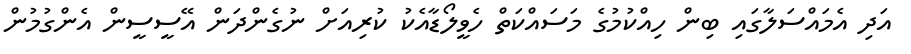
އަދި އެމައްސަލާގައި ބިން ހިއްކުމުގެ މަސައްކަތް ހެވީލޯޑާއެކު ކުރިއަށް ނުގެންދަން އޭސީސީން އެންގުމުން